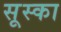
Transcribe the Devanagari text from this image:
सूस्का